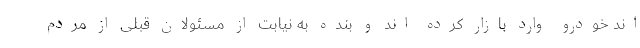
اند خودرو وارد بازار کرده اند و بنده به نیابت از مسئولان قبلی از مردم